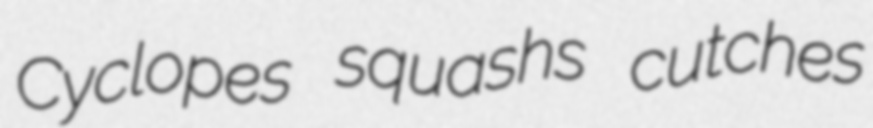
Cyclopes squashs cutches